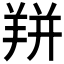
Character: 𰭙